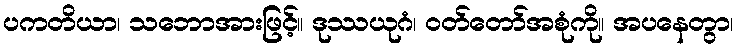
ပကတိယာ၊ သဘောအားဖြင့်။ ဒုဿယုဂံ၊ ဝတ်တော်အစုံကို။ အပနေတွာ၊